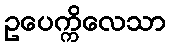
ဥပေက္ကိလေသာ